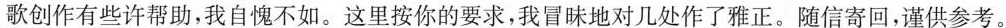
歌创作有些许帮助，我自愧不如。这里按你的要求，我冒昧地对几处作了雅正。随信寄回，谨供参考。